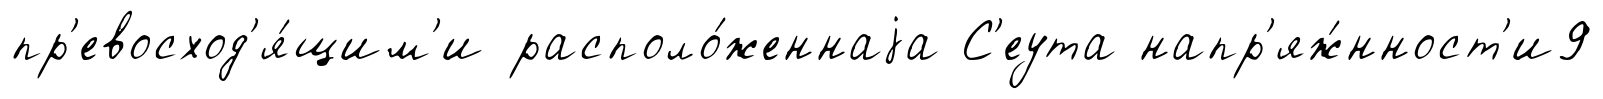
пр'евосход'я́щим'и располо́женнаjа С'еута напр'яж́нност'и9